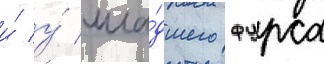
и́ у́ мла́дшего фурса